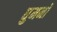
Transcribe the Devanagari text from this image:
घुमनों